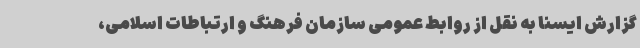
گزارش ایسنا به نقل از روابط عمومی سازمان فرهنگ و ارتباطات اسلامی،